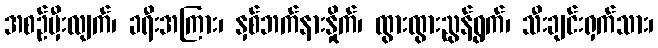
အစဉ်မှီးလျက်၊ ခရီးအကြား၊ နှစ်ဘက်နားနှိုက်၊ ထွားထွားညွန့်ရွက်၊ သီးချင်းရှက်သား၊